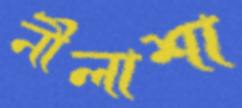
নীলাশা